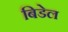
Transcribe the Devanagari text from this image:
बिडेल